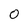
Character: 0